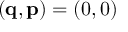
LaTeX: ( \mathbf { q } , \mathbf { p } ) = ( 0 , 0 )